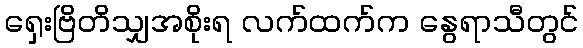
ရှေးဗြိတိသျှအစိုးရ လက်ထက်က နွေရာသီတွင်